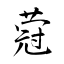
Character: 蒄